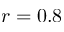
r = 0 . 8